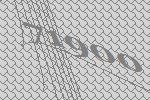
71900